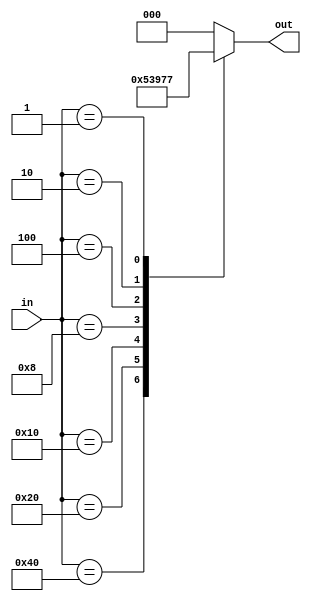
module priority_encoder (
    input [7:0] in,
    output reg [2:0] out
);

always @* begin
    out = 3'b000; // default output value
    
    case (in)
        8'b10000000: out = 3'b000; // highest priority input
        8'b01000000: out = 3'b001;
        8'b00100000: out = 3'b010;
        8'b00010000: out = 3'b011;
        8'b00001000: out = 3'b100;
        8'b00000100: out = 3'b101;
        8'b00000010: out = 3'b110;
        8'b00000001: out = 3'b111; // lowest priority input
        default: out = 3'b000; // default output value
    endcase
end

endmodule